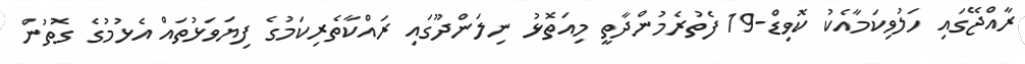
ރާއްޖޭގައި ހަލުވިކަމާއެކު ކޮވިޑް-19 ފެތުރެމުންދާތީ މިއަތޮޅު ނިލަންދޫގައި ރައްކާތެރިކަމުގެ ފިޔަވަޅުތައް އެޅުމުގެ ގޮތުން